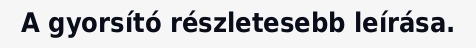
A gyorsító részletesebb leírása.